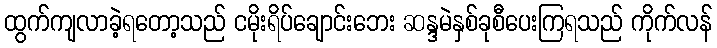
ထွက်ကျလာခဲ့ရတော့သည် ငမိုးရိပ်ချောင်းဘေး ဆန္ဒမဲနှစ်ခုစီပေးကြရသည် ကိုက်လန်